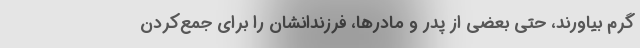
گرم بیاورند، حتی بعضی از پدر و مادرها، فرزندانشان را برای جمع‌کردن